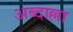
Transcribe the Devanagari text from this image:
अब्दाल्ला